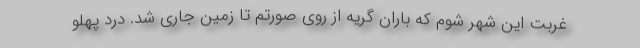
غربت این شهر شوم که باران گریه از روی صورتم تا زمین جاری شد. درد پهلو